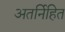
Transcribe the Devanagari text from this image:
अतर्निहित